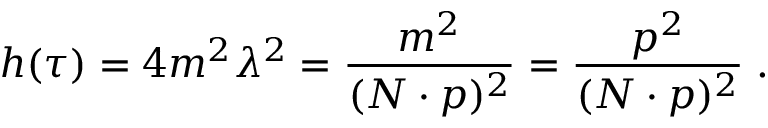
h ( \tau ) = 4 m ^ { 2 } \lambda ^ { 2 } = \frac { m ^ { 2 } } { ( N \cdot p ) ^ { 2 } } = \frac { p ^ { 2 } } { ( N \cdot p ) ^ { 2 } } \; .